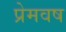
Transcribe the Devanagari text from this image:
प्रेमवष